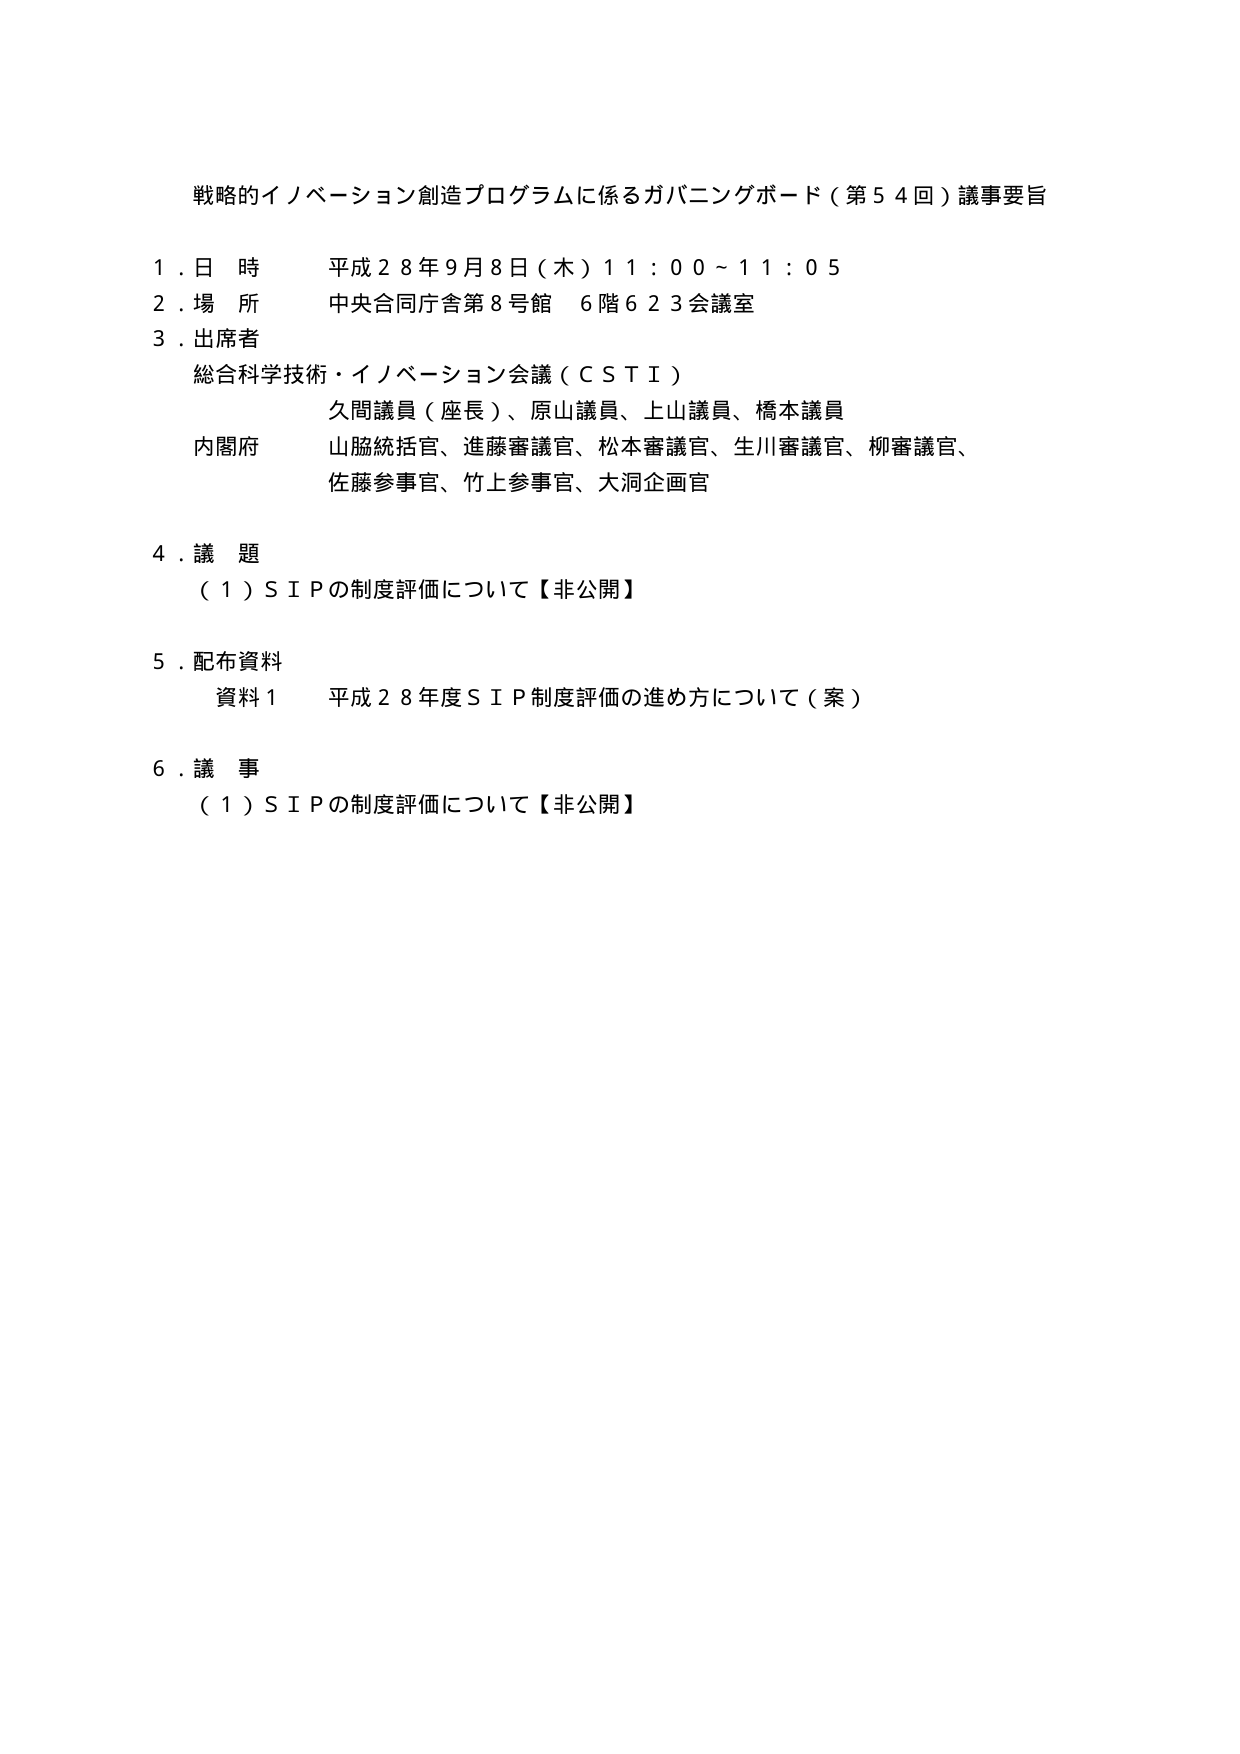
戦略的イノベーション創造プログラムに係るガバニングボード（第５４回）議事要旨

１．日 時 平成２８年９月８日（木）１１：００～１１：０５
２．場 所 中央合同庁舎第８号館 ６階６２３会議室
３．出席者
　　総合科学技術・イノベーション会議（ＣＳＴＩ）
　　　　久間議員（座長）、原山議員、上山議員、橋本議員
　　内閣府　　　山脇統括官、進藤審議官、松本審議官、生川審議官、柳審議官、
　　　　　　　佐藤参事官、竹上参事官、大洞企画官

４．議 題
　　（１）ＳＩＰの制度評価について【非公開】

５．配布資料
　　資料１ 平成２８年度ＳＩＰ制度評価の進め方について（案）

６．議 事
　　（１）ＳＩＰの制度評価について【非公開】